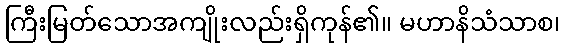
ကြီးမြတ်သောအကျိုးလည်းရှိကုန်၏။ မဟာနိသံသာစ၊